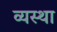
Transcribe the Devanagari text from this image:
व्‍यस्‍था